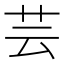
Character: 芸